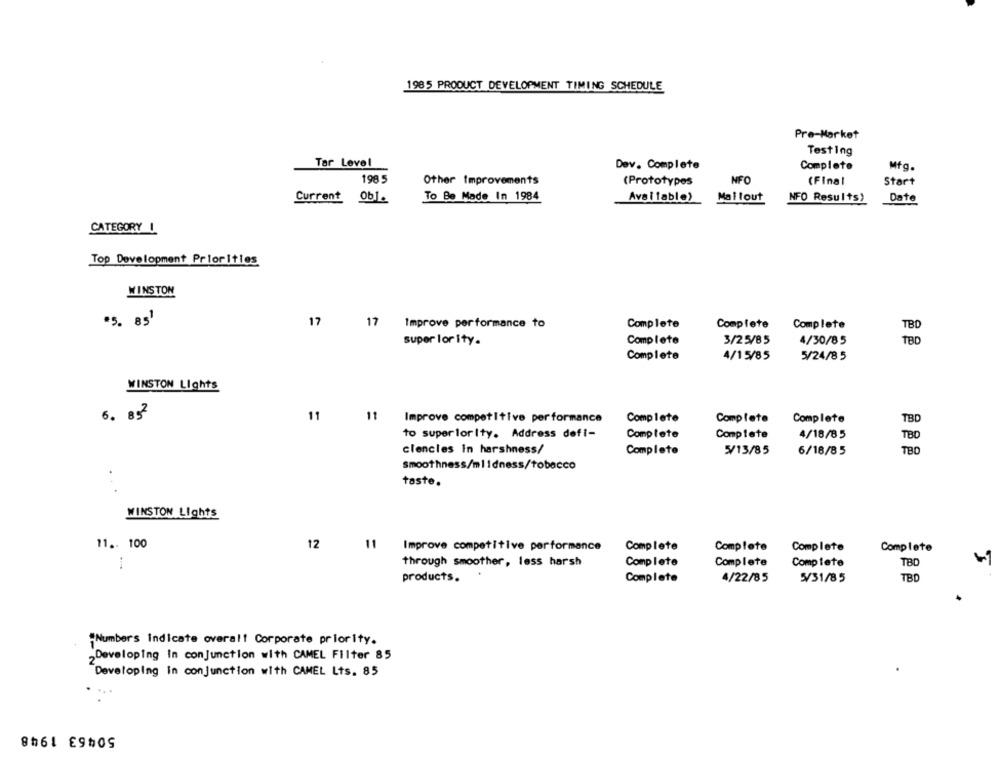
1985 PRODUCT DEVELOPMENT TIMING SCHEDULE
Pre-Market
Testing
Tar Level
Dev. Complete
Complete
Mfg.
198 5
Other Improvements
(Prototypes
NFO
(Final
Start
To Be Made In 1984
Available)
Mallout
Current 0b1.
NFO Results)
Date
CATEGORY !
Top Development Priorities
WINSTON
.5. 85'
17
17
Improve performance to
Complete
Complete
Complete
TBD
super lor ity.
Complete
3/25/85
4/30/85
TBD
Complete
4/15/85
5/24/85
WINSTON Lights
6. 832
11
11
Improve competitive performance
Complete
Complete
Complete
TBD
to superiorIty. Address defi-
Complete
Complete
4/18/85
TBO
clencles in harshness/
Complete
5/13/85
6/18/85
TBD
smoothness/mlidness/tobacco
taste.
.. .
WINSTON Lights
11 .. 100
12
11
Improve competitive performance
Complete
Complete
Complete
Complete
Complete
1
through smoother, less harsh
Complete
Complete
TBC
products.
.
TBD
Complete
4/22/85
5/31/85
*Numbers Indicate overalt Corporate priority.
Developing in conjunction with CAMEL Filter 85
Developing in conjunction with CAMEL Lts. 85
50463 1948